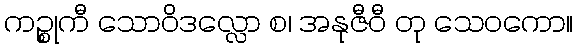
ကဉ္စုကီ သောဝိဒလ္လော စ၊ အနုဇီဝီ တု သေဝကော။